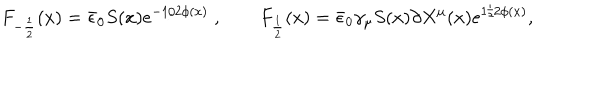
F _ { - { \frac { 1 } { 2 } } } ( x ) = \bar { \epsilon } _ { 0 } S ( x ) e ^ { - 1 / 2 \phi ( x ) } \; , \qquad F _ { \frac { 1 } { 2 } } ( x ) = \bar { \epsilon } _ { 0 } \gamma _ { \mu } S ( x ) \partial X ^ { \mu } ( x ) e ^ { 1 / 2 \phi ( x ) } ,